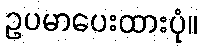
ဥပမာပေးထားပုံ။